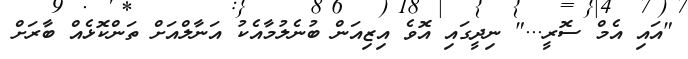
"އައި އެމް ސޮރީ..." ނިދީގައި އޮވެ އިޒިއަން ބުނެލުމާއެކު އަނާލްއަށް ތަންކޮޅެއް ބާރަށް